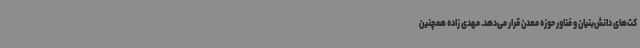
کت‌های دانش‌بنیان و فناور حوزه معدن قرار می‌دهد. مهدی زاده همچنین